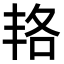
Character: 𠲱